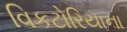
વિકટોરિયાના